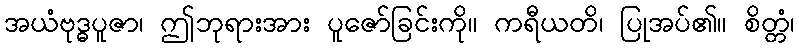
အယံဗုဒ္ဓပူဇာ၊ ဤဘုရားအား ပူဇော်ခြင်းကို။ ကရီယတိ၊ ပြုအပ်၏။ စိတ္တံ၊